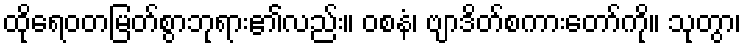
ထိုရေဝတမြတ်စွာဘုရား၏လည်း။ ဝစနံ၊ ဗျာဒိတ်စကားတော်ကို။ သုတွာ၊